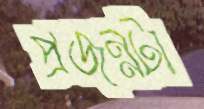
প্রজন্মটা